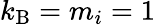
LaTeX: k_{\mathrm{B}}=m_{i}=1